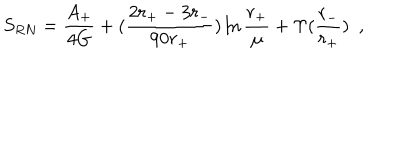
S _ { R N } = { \frac { A _ { + } } { 4 G } } + ( { \frac { 2 r _ { + } - 3 r _ { - } } { 9 0 r _ { + } } } ) \ln { \frac { r _ { + } } { \mu } } + \Upsilon ( { \frac { r _ { - } } { r _ { + } } } ) ~ ~ ,